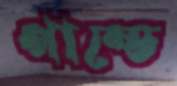
পান্ডে